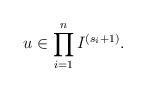
LaTeX: \begin{align*} u \in \prod_{i=1}^n I^{(s_i+1)}.\smallskip \end{align*}